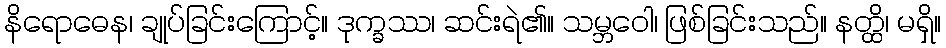
နိရောဓေန၊ ချုပ်ခြင်းကြောင့်။ ဒုက္ခဿ၊ ဆင်းရဲ၏။ သမ္ဘဝေါ၊ ဖြစ်ခြင်းသည်။ နတ္ထိ၊ မရှိ။